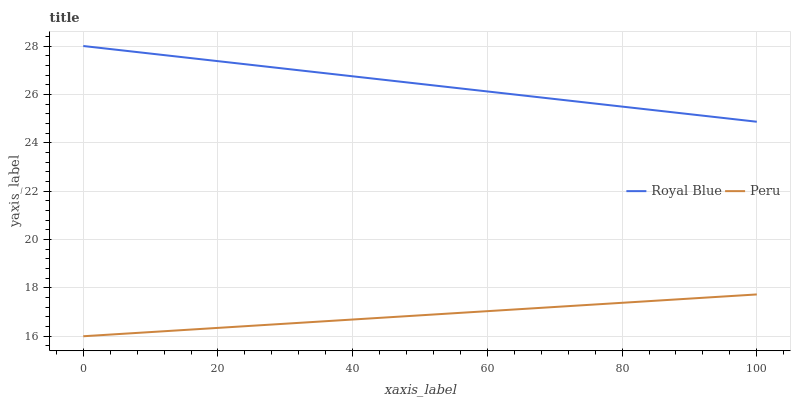
| xaxis_label | Royal Blue | Peru |
 | --- | --- | --- |
 | 0 | 28 | 16 |
 | 5.56 | 27.8 | 16.1 |
 | 11.1 | 27.7 | 16.2 |
 | 16.7 | 27.5 | 16.3 |
 | 22.2 | 27.3 | 16.4 |
 | 27.8 | 27.1 | 16.5 |
 | 33.3 | 27 | 16.6 |
 | 38.9 | 26.8 | 16.7 |
 | 44.4 | 26.6 | 16.8 |
 | 50 | 26.4 | 16.9 |
 | 55.6 | 26.3 | 17 |
 | 61.1 | 26.1 | 17.1 |
 | 66.7 | 25.9 | 17.2 |
 | 72.2 | 25.7 | 17.2 |
 | 77.8 | 25.6 | 17.3 |
 | 83.3 | 25.4 | 17.4 |
 | 88.9 | 25.2 | 17.5 |
 | 94.4 | 25 | 17.6 |
 | 100 | 24.9 | 17.7 |